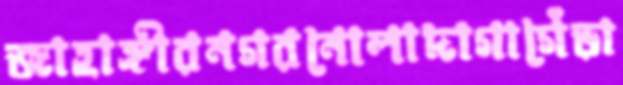
জাহাঙ্গীরনগরনোলাদাগাগেঁড়া